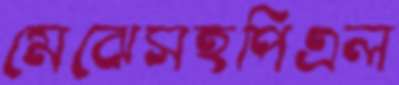
মেঝেসহপিএল